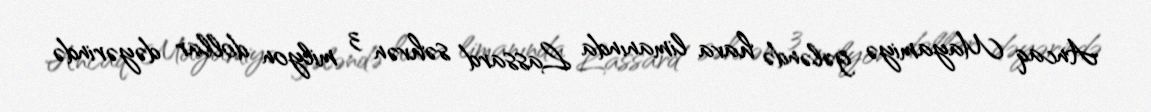
Ancaq Mayamiyə gələndə hava limanında Lassard səhvən 3 milyon dollar dəyərində